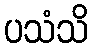
ပသံသိ